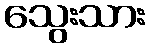
သွေးသား